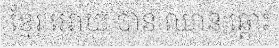
ខ្មែរ អោយ បាន ឈាន ឆ្ពោះ